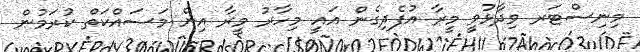
މިނިސްޓަރ ވިދާޅުވީ މީރާ އުފެދިގެން އައީ މިހާރު މީރާ އިން މަސައްކަތް ކުރަމުން